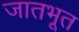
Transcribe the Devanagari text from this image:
जातभूत